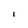
Character: I